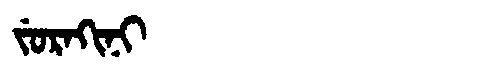
Manchu: ᠵᡠᡵᠠᡴᡳᠨᡳ
Romanization: JURAKINI